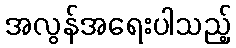
အလွန်အရေးပါသည့်